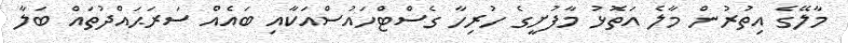
މާލޭގެ އިތުރުން މާލެ އަތޮޅު މާފުށީގެ ހުރިހާ ގެސްޓްހައުސްއަކާއި ބައެއް ސަރަޙައްދުތައް ބަލާ